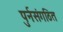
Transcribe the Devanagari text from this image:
पुर्नसंगठित